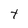
Character: t